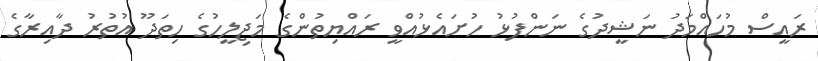
ރައީސް މުހައްމަދު ނަޝީދުގެ ނަންފުޅު ހުށައެޅުއްވީ ރައްޔިތުންގެ މަޖިލީހުގެ ހިތަދޫ އުތުރު ދާއިރާގެ